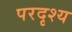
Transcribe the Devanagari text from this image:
परदृश्य